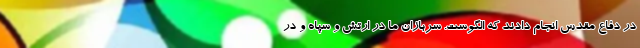
در دفاع مقدس انجام دادند که الگوست. سربازان ما در ارتش و سپاه و در